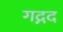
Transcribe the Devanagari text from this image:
गद्गद